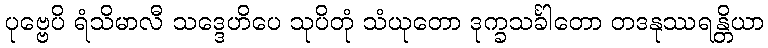
ပုဗ္ဗေပိ ရံသိမာလီ သဒ္ဒေဟိပေ သုပိတုံ သံယုတော ဒုက္ခသင်္ခါတော တဒနုဿရန္တိယာ